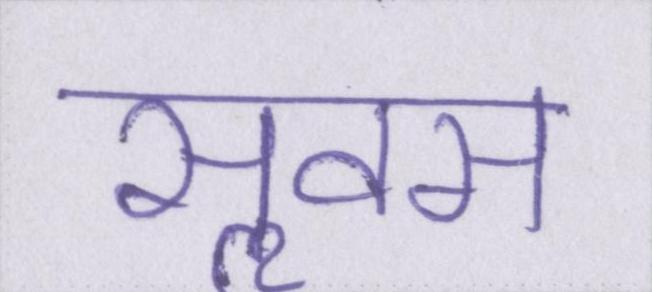
सॢवस